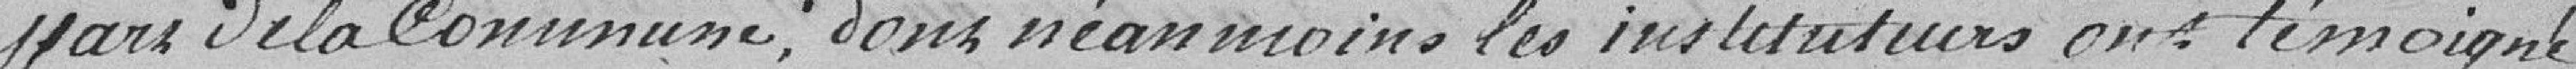
part de la Commune, dont néanmoins les instituteurs ont témoignés